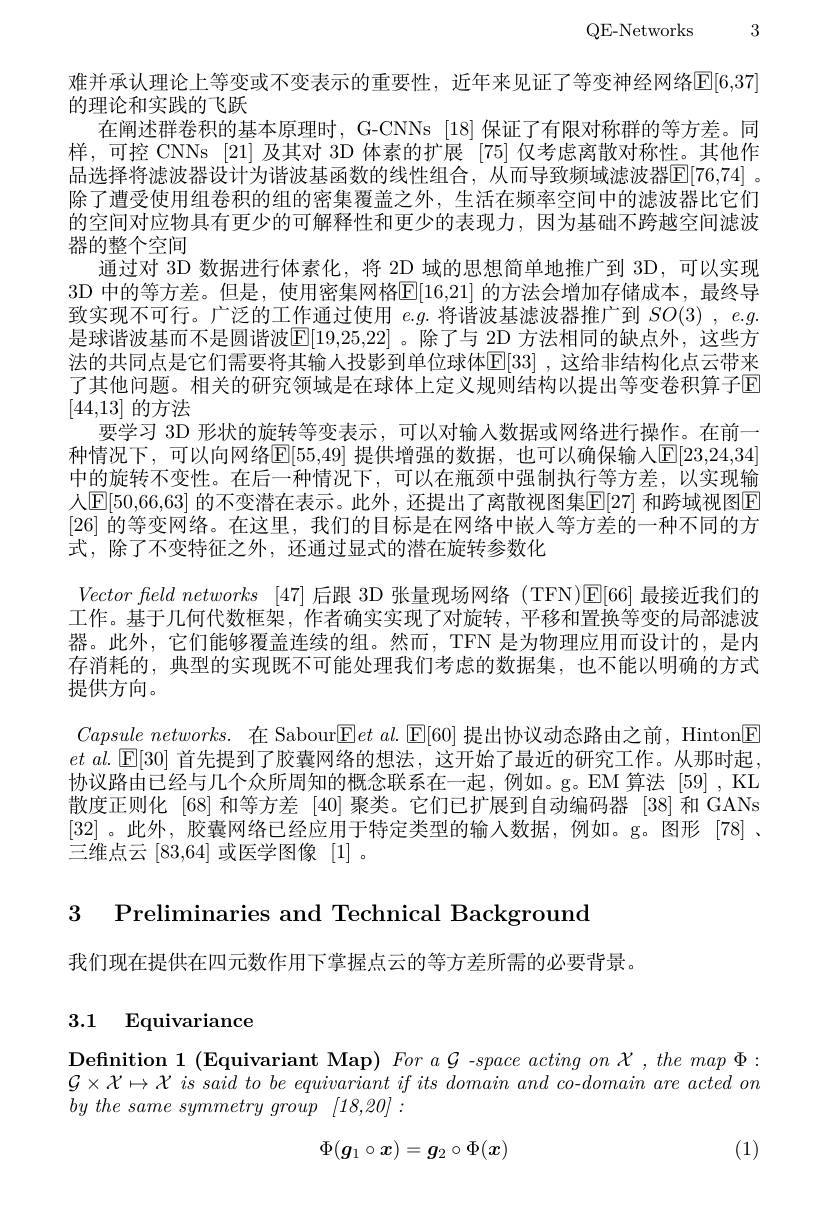
QE-Networks 3

难并承认理论上等变或不变表示的重要性，近年来见证了等变神经网络$\mathbb{E}[6,37]$
的理论和实践的飞跃
在阐述群卷积的基本原理时，G-CNNs [18] 保证了有限对称群的等方差。同样，可控 CNNs [21] 及其对 3D 体素的扩展 [75] 仅考虑离散对称性。其他作品选择将滤波器设计为谐波基函数的线性组合，从而导致频域滤波器$\mathbb{E}[76,74]$ 。除了遭受使用组卷积的组的密集覆盖之外，生活在频率空间中的滤波器比它们的空间对应物具有更少的可解释性和更少的表现力，因为基础不跨越空间滤波器的整个空间
通过对 3D 数据进行体素化，将 2D 域的思想简单地推广到 3D,可以实现3D 中的等方差。但是，使用密集网格E[16,21] 的方法会增加存储成本，最终导致实现不可行。广泛的工作通过使用$e.g.$将谐波基滤波器推广到$SO(3),e.g.$ 是球谐波基而不是圆谐波$[\mathbb{E}[19,25,22]$ 。除了与 2D 方法相同的缺点外，这些方法的共同点是它们需要将其输入投影到单位球体$\mathbb{E}[33]$ ,这给非结构化点云带来了其他问题。相关的研究领域是在球体上定义规则结构以提出等变卷积算子[E] [44,13]的方法
要学习 3D 形状的旋转等变表示，可以对输入数据或网络进行操作。在前一种情况下，可以向网络E[55,49] 提供增强的数据，也可以确保输人[E[23,24,34] 中的旋转不变性。在后一种情况下，可以在瓶颈中强制执行等方差，以实现输人$\operatorname{E}[50,66,63]$ 的不变潜在表示。此外 ,还提出了离散视图集$\operatorname{E}[27]$ 和跨域视图$\operatorname{E}$ [26]的等变网络。在这里，我们的目标是在网络中嵌入等方差的一种不同的方式，除了不变特征之外，还通过显式的潜在旋转参数化
Vectorfleldnetworks [47]后跟 3D 张量现场网络(TFN)$\mathbb{E}[66]$最接近我们的工作。基于几何代数框架，作者确实实现了对旋转，平移和置换等变的局部滤波器。此外，它们能够覆盖连续的组。然而，TFN 是为物理应用而设计的，是内存消耗的，典型的实现既不可能处理我们考虑的数据集，也不能以明确的方式提供方向。
$Capsule\textit{networks. 在 Sabour}[ \mathsf{E} et\textit{al. [ E[ 60] 提 出 协 议 动 态 路 由 之 前 , Hinton[ E] }$ $et$ $al.$ $因 [ 30]$ 首先提到了胶囊网络的想法，这开始了最近的研究工作。从那时起， 协议路由已经与几个众所周知的概念联系在一起，例如。g。EM 算法[59], KL 散度正则化 [68]和等方差[40]聚类。它们已扩展到自动编码器 [38]和 GANs [32] 。此外，胶囊网络已经应用于特定类型的输入数据，例如。g。图形[78]、 三维点云[83,64]或医学图像[1]。

3 Preliminaries and Technical Background

我们现在提供在四元数作用下掌握点云的等方差所需的必要背景。

# 3.1 Equivariance

$\textbf{Definition 1 ( Equivariant Map) For aG - space acting on }{\mathcal{X} }, themap\Phi :$ $\mathcal{G} \times \mathcal{X} \mapsto \mathcal{X} \textit{ is said to be equivariant if its domain and co- domain are acted on}$ $by\textit{the same symmetry group}$ [18,20]:

(1)
$$\Phi(\boldsymbol{g}_1\circ\boldsymbol{x})=\boldsymbol{g}_2\circ\Phi(\boldsymbol{x})$$